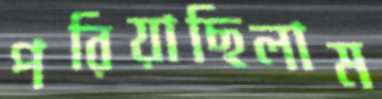
পরিয়াছিলাম